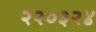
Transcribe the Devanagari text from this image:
२२०३२४